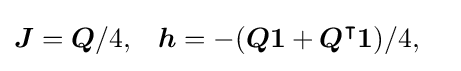
{\begin{aligned}{\boldsymbol {J}}&={\boldsymbol {Q}}/4,&{\boldsymbol {h}}&=-({\boldsymbol {Q1}}+{\boldsymbol {Q}}^{\intercal }{\boldsymbol {1}})/4,\end{aligned}}